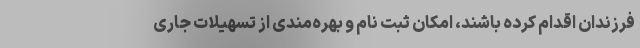
فرزندان اقدام کرده باشند، امکان ثبت نام و بهره‌مندی از تسهیلات جاری